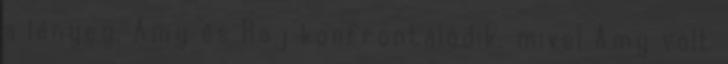
a lényeg, Amy és Raj konfrontálódik, mivel Amy volt